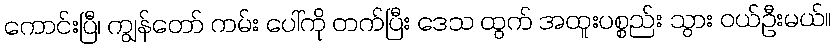
ကောင်းပြီ၊ ကျွန်တော် ကမ်း ပေါ်ကို တက်ပြီး ဒေသ ထွက် အထူးပစ္စည်း သွား ဝယ်ဦးမယ်။